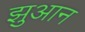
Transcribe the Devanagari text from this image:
झुआन